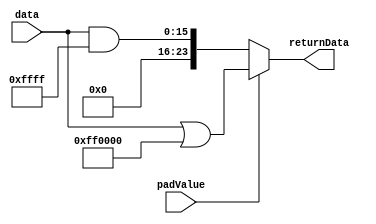
module bitExtender24(
    input [15:0] data,
    input padValue,
    output [23:0] returnData
    );
	 
	always begin
		
		if(padValue) begin
		
			returnData = data | 'hFF0000;
		
		end
		else begin
		
			returnData = data & 'h00FFFF;
		
		end
		
	end

endmodule